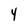
Character: Y